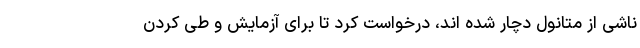
ناشی از متانول دچار شده اند، درخواست کرد تا برای آزمایش و طی کردن